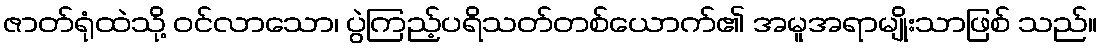
ဇာတ်ရုံထဲသို့ ဝင်လာသော၊ ပွဲကြည့်ပရိသတ်တစ်ယောက်၏ အမူအရာမျိုးသာဖြစ် သည်။